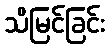
သိမြင်ခြင်း